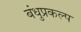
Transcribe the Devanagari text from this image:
बंधुप्रकल्प